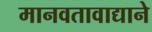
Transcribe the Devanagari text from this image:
मानवतावाद्याने